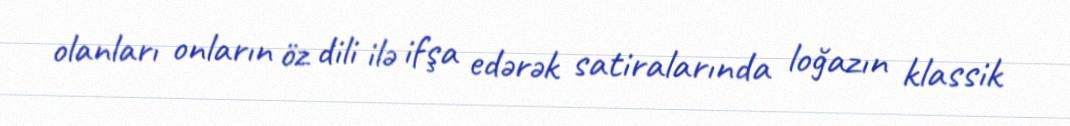
olanları onların öz dili ilə ifşa edərək satiralarında loğazın klassik